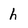
Character: h